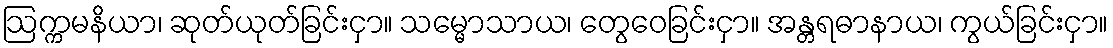
ဩက္ကမနိယာ၊ ဆုတ်ယုတ်ခြင်းငှာ။ သမ္မောသာယ၊ တွေဝေခြင်းငှာ။ အန္တရဓာနာယ၊ ကွယ်ခြင်းငှာ။